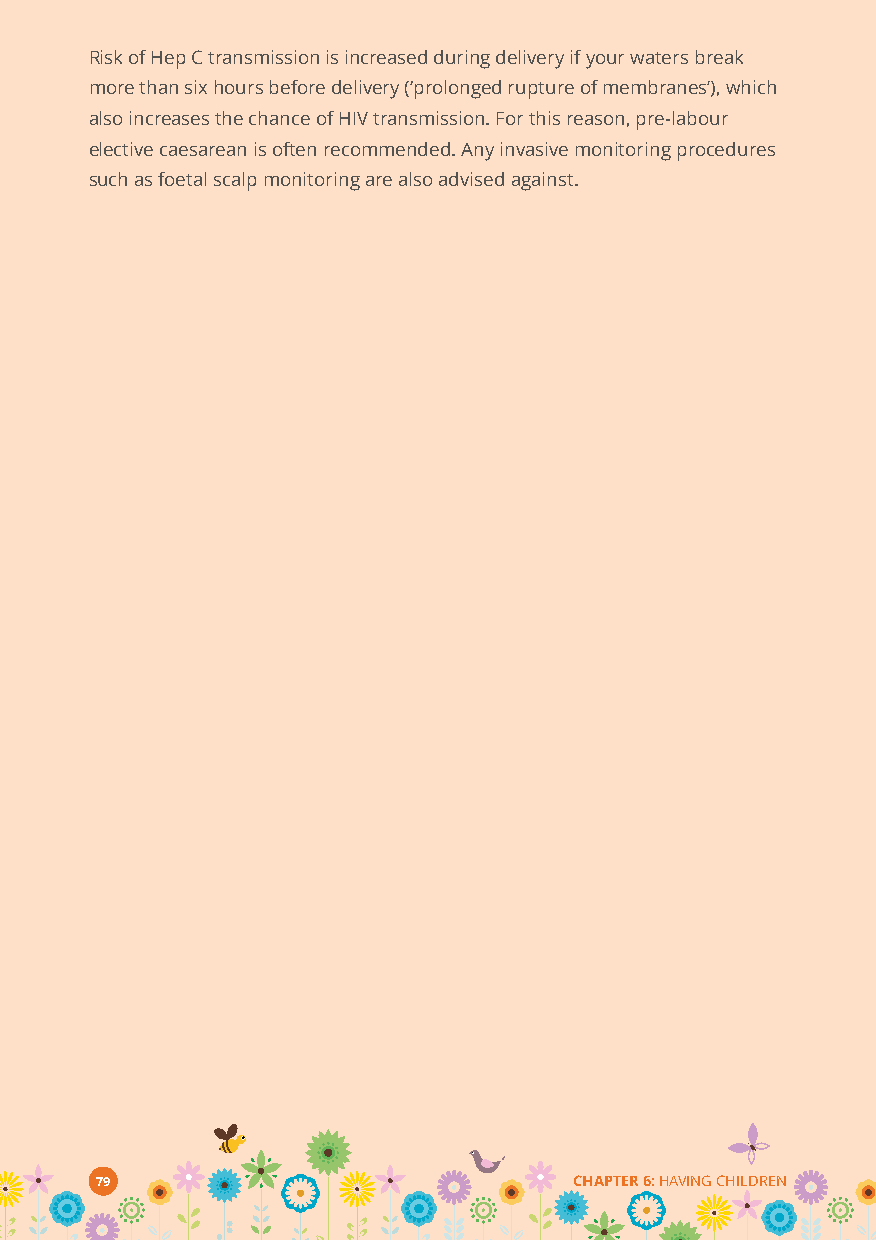
Risk of Hep C transmission is increased during delivery if your waters break
 more than six hours before delivery (‘prolonged rupture of membranes’), which
 also increases the chance of HIV transmission. For this reason, pre-labour
 elective caesarean is often recommended. Any invasive monitoring procedures
 such as foetal scalp monitoring are also advised against.
 79                              CHAPTER 6:HAVING CHILDREN